Report on vaccination in Madras 1904-1921 - 1904-1921
Year: 1904
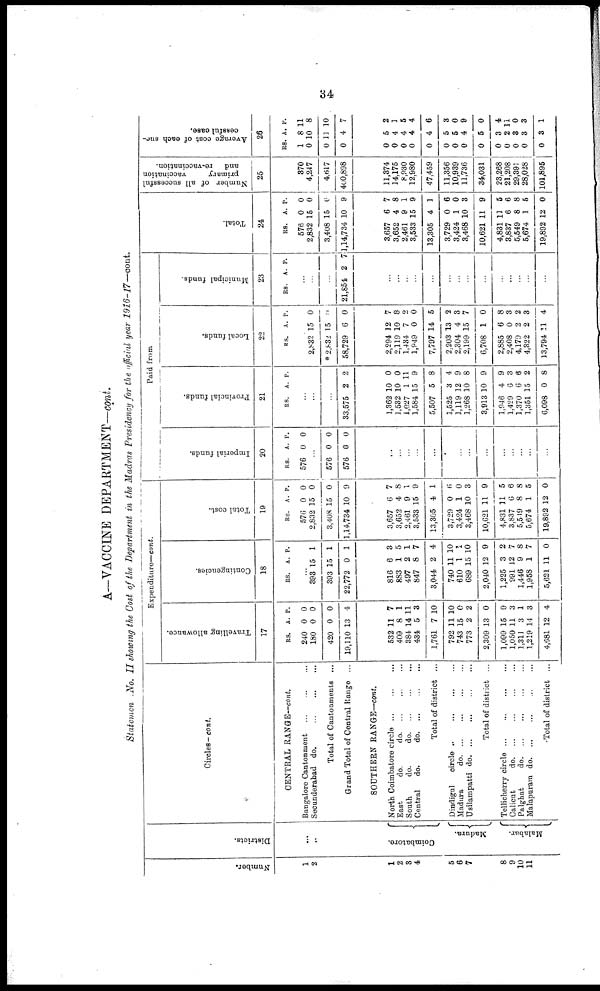
34
A—VACCINE DEPARTMENT—cont.
Statement No. II showing the Cost of the Department in the Madras Presidency for the official year 1916-17—cont.
Number.
1
2
1
2
3
4
5
6
7
8
9
10
11
Districts.
...
...
Coimbatore
Madura.
Malabar.
Circles- cont.
CENTRAL RANGE—cont.
Bangalore Cantonment
...
...
...
Secunderabad do. ... ... ...
Total of Cantonments ...
Grand Total of Central Range ...
SOUTHERN RANGE—cont.
North Coimbatore circle ...
East
do.
do.
...
...
...
South
do.
do.
...
...
...
Central
do.
do. ... ... ...
Total of district ...
Dindigul
circle
...
...
...
...
Madura
do. ... ... ... ...
Usilampatti
do. ... ... ... ...
Total of district ...
Tellicherry circle
...
...
...
...
Calicut
do. ... ... ... ...
Palghat
do. ... ... ... ...
Malapuram
do. ... ... ... ...
Total of district ...
Expenditure—cont.
Travelling allowance.
17
RS.
240
180
420
19,110
A.
0
0
0
13
P.
0
0
0
4
532
409
384
434
1,761
792
743
773
2,309
1,099
1,050
1,311
1,219
4,681
11
8
14
5
7
11
15
2
13
15
11
3
14
12
7
1
11
3
10
10
0
2
0
9
3
1
3
4
Contingencies.
18
RS. A. P.
...
393
393
22,772
15
15
0
1
1
1
816
883
497
847
3,044
740
610
689
2,040
1,225
991
1,446
1,958
5,621
6
1
2
8
2
11
1
15
12
3
12
9
1
11
3
5
1
7
4
10
1
10
9
2
7
8
7
0
Total cost.
19
RS.
576
2,832
3,408
1,14,734
A.
0
15
15
10
P.
0
0
0
9
3,657
3,652
2,461
3,533
13,305
3,729
3,424
3,468
10,621
4,831
3,837
5,549
5,674
19,892
6
4
9
15
4
0
1
10
11
11
6
8
1
12
7
8
1
9
1
6
0
3
9
5
6
8
5
0
Paid from
Imperial funds.
20
RS.
576
A.
0
P.
0
...
576
576
0
0
0
0
...
...
...
...
...
...
...
...
...
...
...
...
...
...
Provincial funds.
21
RS. A.
P.
...
...
...
33,575 2 2
1,362
1,532
1,027
1,584
5,507
1,525
1,119
1,268
3,913
1,946
1,429
1,370
1,351
6,098
10
10
1
15
5
3
12
10
10
4
6
6
15
0
0
0
11
9
8
4
9
8
9
9
3
6
2
8
Local funds.
22
RS. A.
P.
...
2,832
* 2,832
58,729
15
15
6
0
0
0
2,294
2,119
1,484
1,949
7,797
2,203
2,304
2,199
6,708
2,885
2,408
4,179
4,322
13,794
12
10
7
0
14
13
4
15
1
6
0
2
2
11
7
8
2
0
5
2
3
7
0
8
3
2
3
4
Municipal funds.
23
RS. A.
P.
...
...
21,851 2 7
...
...
...
...
...
...
...
...
...
...
...
...
...
...
Total.
24
RS.
576
2,832
3,408
1,14,734
A.
0
15
15
10
P.
0
0
0
9
3,657
3,652
2,461
3,533
13,305
3,729
3,424
3,468
10,621
4,831
3,837
5,549
5,674
19,892
6
4
9
15
4
0
1
10
11
11
6
8
1
12
7
8
1
9
1
6
0
3
9
5
6
8
5
0
Number of all successful
primary
vaccination
and
re-vaccination.
25
370
4,247
4,617
400,898
11,374
14,175
8,930
12,980
47,459
11,356
10,939
11,736
34,031
23,268
21,208
29,391
28,028
101,895
Average cost of each suc-
cessful case.
26
RS.
1
0
0
0
A.
8
10
11
4
P.
11
8
10
7
0
0
0
0
0
0
0
0
0
0
0
0
0
0
5
4
4
4
4
5
5
4
5
3
2
3
3
3
2
1
5
4
6
3
0
9
0
4
11
0
3
1